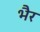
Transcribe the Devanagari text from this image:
भैर